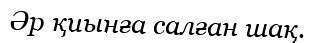
Әр қиынға салған шақ.